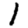
Digit: 1